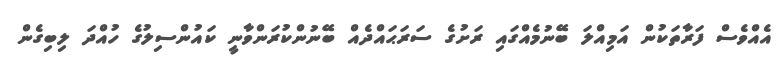
އެއްވެސް ފަރާތަކުން އަމިއްލަ ބޭނުމެއްގައި ރަށުގެ ސަރަޙައްދެއް ބޭނުންކުރަންވާނީ ކައުންސިލުގެ ހުއްދަ ލިބިގެން